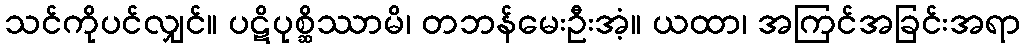
သင်ကိုပင်လျှင်။ ပဋိပုစ္ဆိဿာမိ၊ တဘန်မေးဦးအံ့။ ယထာ၊ အကြင်အခြင်းအရာ